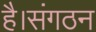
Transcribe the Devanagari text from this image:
है।संगठन